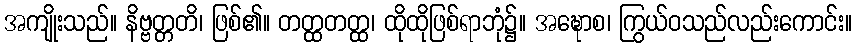
အကျိုးသည်။ နိဗ္ဗတ္တတိ၊ ဖြစ်၏။ တတ္ထတတ္ထ၊ ထိုထိုဖြစ်ရာဘုံ၌။ အဍ္ဎောစ၊ ကြွယ်ဝသည်လည်းကောင်း။